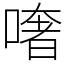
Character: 𠾏